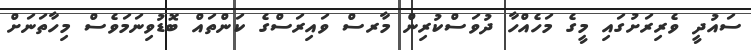
ސައުދީ ވެރިރަށުގައި މީގެ މަހެއްހާ ދުވަސްކުރިން މާރސް ވައިރަސްގެ ކަންތައް ބޮޑުވިނަމަވެސް މިހާތަނަށް